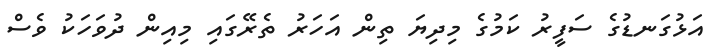
އަޅުގަނޑުގެ ސަފީރު ކަމުގެ މިދިޔަ ތިން އަހަރު ތެރޭގައި މިއިން ދުވަހަކު ވެސް